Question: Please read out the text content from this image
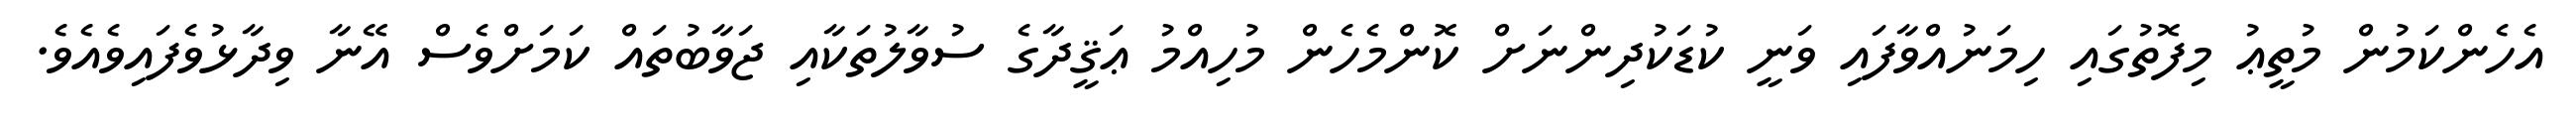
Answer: އެހެންކަމުން މުތީޢު މިފޮތުގައި ހިމަނުއްވާފައި ވަނީ ކުޑަކުދިންނަށް ކޮންމެހެން މުހިއްމު ޢަޤީދާގެ ސުވާލުތަކާއި ޖަވާބުތައް ކަމަށްވެސް އޭނާ ވިދާޅުވެފައިވެއެވެ.